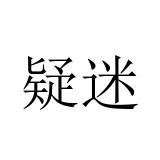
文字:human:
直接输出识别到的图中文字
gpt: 疑迷